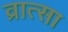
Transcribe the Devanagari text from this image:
व्रात्सा